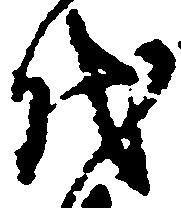
代